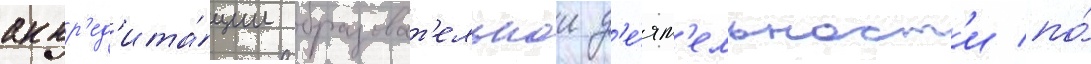
аккр'ед'ита́ции образоват'ельнои д'е́ят'ельност'и по́